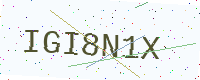
Text: IGI8N1X